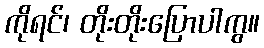
ကိုရင်၊ တိုးတိုးပြောပါကွ။